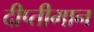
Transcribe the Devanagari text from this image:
दीप्तीमान